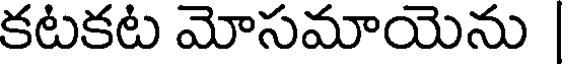
కటకట మోసమాయెను